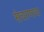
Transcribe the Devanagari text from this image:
संचरणाचा